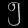
Digit: ၅